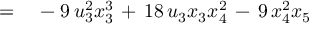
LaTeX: \qquad \qquad = \quad - \; 9 \, u _ { 3 } ^ { 2 } x _ { 3 } ^ { 3 } \, + \, 1 8 \, u _ { 3 } x _ { 3 } x _ { 4 } ^ { 2 } \, - \, 9 \, x _ { 4 } ^ { 2 } x _ { 5 }